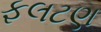
ફલટણ